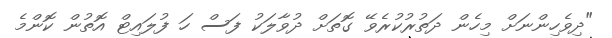
"ދިވެހިންނަށް މިހެން ދަތުރުކުރެވޭ ގޮތަށް ދުވާލަކު ފަސް ހަ ފުލައިޓް އޮތުން ކޮންމެ